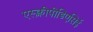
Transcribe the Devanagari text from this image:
एस्क्लीपीडिएसिई